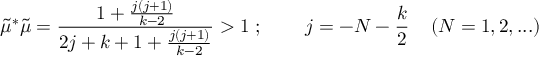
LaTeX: \tilde { \mu } ^ { * } \tilde { \mu } = \frac { 1 + \frac { j ( j + 1 ) } { k - 2 } } { 2 j + k + 1 + \frac { j ( j + 1 ) } { k - 2 } } > 1 \; ; \; \; \; \; \; \; \; \; j = - N - \frac { k } { 2 } \; \; \; \; ( N = { 1 , 2 , . . . } )